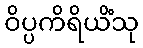
ဝိပ္ပကိရိယိံသု